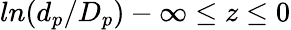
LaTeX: ln(d_{p}/D_{p})-\infty\leq z\leq 0